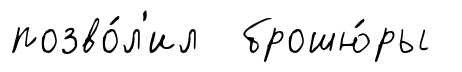
позво́л'ил брошю́ры